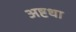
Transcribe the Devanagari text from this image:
अष्टधा